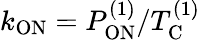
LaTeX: k_{\mathrm{ON}}=P_{\mathrm{ON}}^{(1)}/T_{\mathrm{C}}^{(1)}